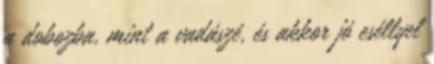
a dobozba, mint a vadászé, és akkor jó eséllyel